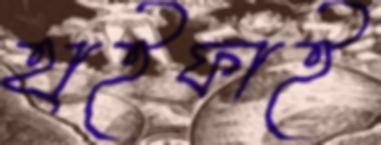
হাইফাই